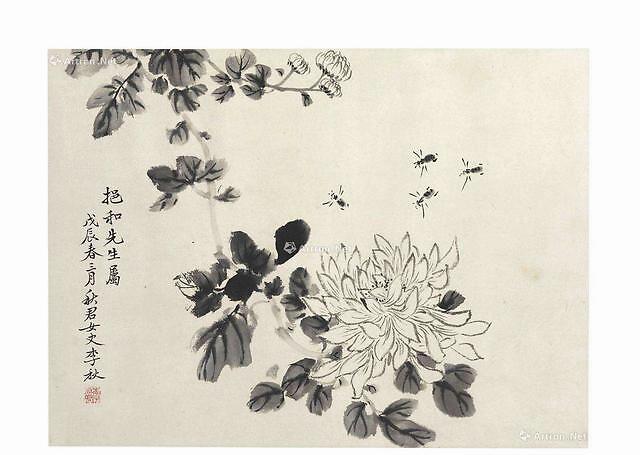
吾生如寄，尚想三径菊花丛。